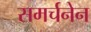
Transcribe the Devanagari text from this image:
समर्चनेन